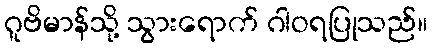
ဂူဗိမာန်သို့ သွားရောက် ဂါဝရပြုသည်။